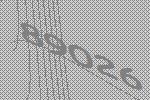
89026